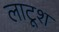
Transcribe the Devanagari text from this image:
लाटूश